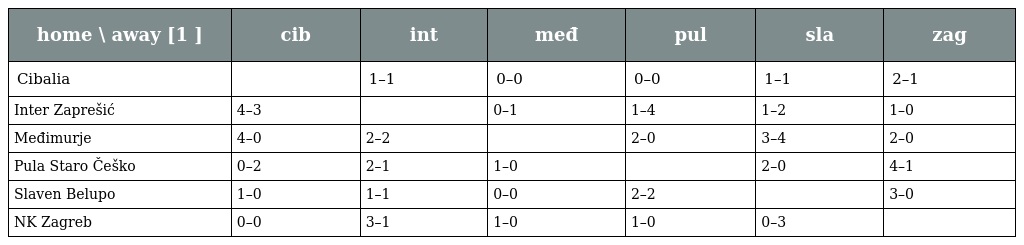
| home \ away [1 ] | cib | int | međ | pul | sla | zag |
 | --- | --- | --- | --- | --- | --- | --- |
 | Cibalia |  | 1–1 | 0–0 | 0–0 | 1–1 | 2–1 |
 | Inter Zaprešić | 4–3 |  | 0–1 | 1–4 | 1–2 | 1–0 |
 | Međimurje | 4–0 | 2–2 |  | 2–0 | 3–4 | 2–0 |
 | Pula Staro Češko | 0–2 | 2–1 | 1–0 |  | 2–0 | 4–1 |
 | Slaven Belupo | 1–0 | 1–1 | 0–0 | 2–2 |  | 3–0 |
 | NK Zagreb | 0–0 | 3–1 | 1–0 | 1–0 | 0–3 |  |